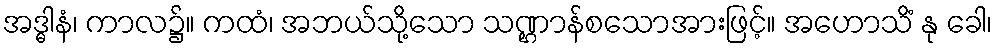
အဒ္ဓါနံ၊ ကာလ၌။ ကထံ၊ အဘယ်သို့သော သဏ္ဌာန်စသောအားဖြင့်။ အဟောသိံ နု ခေါ၊